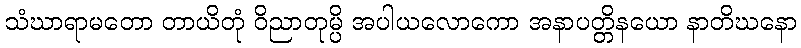
သံဃာရာမတော တာယိတုံ ဝိညာတုမ္ပိ အပါယလောကော အနာပတ္တိနယော နာတိဃနော